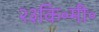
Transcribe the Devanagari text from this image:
२३कि॰मी॰